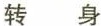
转身李汉荣①一转身，那个动人的身影就不见了。在人海里，想再次打捞到她，再次与她相遇，哪怕匆匆一瞬，都是不可能了。②在都市、在广场、在车站、在机场、在大街、在超市、在乡野、在人流聚散的地方，我曾经有这种感受：转身，就是永别。③那一次我在北京火车站等车。在拥挤的人流里，我不小心踩了右边的年轻人。我正准备道歉或接受责备，却看见转过来一张文雅谦和的脸，他说：”对不起，我挡着你了。”我竟然被感动了，只顾欣赏这张善良、有教养的脸，只顾欣赏这江南的表情，却忘了对他说声谢谢，把诚挚的心情告诉他。当我忽然记起，正要张口表达，人潮猛然涌了过来，一转身，我已找不到他，只看见攒动的人头，闪动的各色衣服……④还记得那年春天，我一人在秦岭深处行走，山路两旁开满野花；灯芯花、野草莓花、苜蓿花、蒲公英花……路下面的小河，清澈如镜，温柔如绸，淙淙的水声像母亲轻唤谁的乳名。四周的群山，一律被松树、柏树、桦树和茂密灌木覆盖。闻着花香，听着水声，看着山色，我恍然似已进古代，入了那”拈花微笑”的仙境。正在此时，迎面走来一位小女孩，她头上插了几朵野花，手里拿着_葱蒲，好看的脸上满是羞涩，浑身洋溢着纯真的自然气息。但我不便过分地注意她，我怕她受到惊吓。于是我停下来，给她让路，然后静静地看她远去，什么样子，匆匆的一瞥里只看欣赏着她的背影，却记不清她的眼睛和脸究竟是η到”好看”的朦胧感觉。也许，或者是一定的，我这一生只有这一次和她相遇了，只有这一次，在她还是小女孩的时候，我突然感到十分的失落和惆怅。怎么办呢?我想多看她一眼，看仔细些。我想在记忆里逼真地收藏一个像野花一样纯真的秦岭女孩。这也许是她一生里最生动的瞬间，我记起了泰戈尔的诗句：”你不知道你是多么美丽，你像花一样盲目。”我情不自禁地转过身来，沿着小女孩走的方向走着，走到山路转弯的地方，出现了个三岔路口。我已经无法知道小女孩走进了哪一条路径。就那么一转身，她消失在命运的路径，也许就是我此生永远都不能踏上的路径……⑤冬天，已经很冷了，西伯利亚寒流远道而来，遭遇袭击的当然是穷人，最可怜的是乞丐。乞丐不多，但不多的乞丐也常常有力地触动和唤醒我们冬眠的良心。在南大街路口，我看见一位衣服祖楼的中年乞丐。我急忙赶回家，拿上我去年穿过的那件防寒服给他。可是来到南大街，已看不见他，于是我在东大街找他，又在北大街找他，都没有找到。最后我来到丁字路口，还是没有找到他，却遇到了一个老年乞丐，一转身，苦难转换了方向，交换了背影，但苦难的身份没有改变，都是苦难。于是我把防寒的衣服披在了这位贫苦的老人身降的体温能稍稍回升，希望降温的人性能稍稍回升。我由此想到上，希望他下世界的穷人，想到徘徊在文明大街上的那些孤苦亚洲的穷人，非洲的穷人，身影，一转身，他们到哪里去了?而文明，你能否追上去，轻轻拉起那褴褛的衣襟，或者握着那空空的手，仔细看看他们的眼睛?他们到哪里去了，一转身?⑥一转身，车窗外的河流已经不知去向；一转身，门前的那只鸟不见踪影；一转身，天上的那座虹桥已经悄然消失；一转身，水里的鱼已经没入深渊；一转身，父亲已经走远，新垒的坟上，墓草青青……⑦旭日一转身变成落日，青丝一转身变成白发，爱情一转身变成婚姻，诗文，羊群一转身变成-转身变成放大， 七衣……等一等，等一等，能否再转回来?1.标题《转身》的深层含义是什2.文中第④段画横线的句子使用了什么修辞手法?结合文章内容具体分析其表达作用。3.下列对文章的分析和理解不正确的两项是 ()A.本文重点描写了三次”转身”的动人情景，分别为：在车站，善良的年轻人转身没入人群，我来不及道歉；秦岭深处，一个美丽的女孩转身消失在命运的路径；南大街路口，我想帮助的一位贫苦的中年乞丐转身而逝。B.第①段”在人海里，想再次打捞到她”一句中，”打捞”这个词用得极妙，与前文中的”人海”相呼应，说明人海茫茫，纵然可以寻找也不可能再找到她的影子。C.第②段”转身，就是永别”这句话，总括了作者个人的体验与感悟，为全文奠定感情基调，同时也自然地引出了下文。D.本文以作者的感情变化为线索，采取”概括--具体--概括”的结构模式，表达出了对真善美的热切追求。E。本文主要采用抒情和议论相结合的方式，深刻揭示了”转身”的内在意蕴，使文章的立意上升到一个新的高度，让人读之耳日-新。4.简要分析文章最后一段在全文中的作用